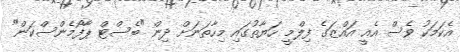
އެކަމަކު ވެސް އެއީ އައްޒަގެ ފިލްމީ ހަޔާތުގައި މިހާތަނަށް ދިން "ބެސްޓް ޕާފޯމެންސްކަން"